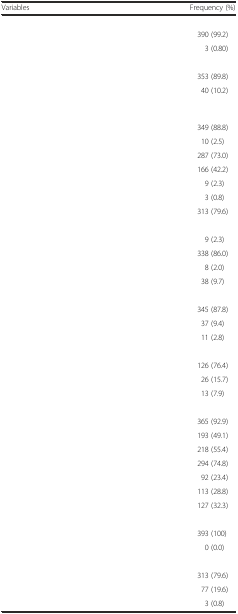
<table><thead><tr><td><b>Variables</b></td><td><b>Frequency (%)</b></td></tr></thead><tbody><tr><td>[EMPTY_CELL]</td><td>[EMPTY_CELL]</td></tr><tr><td>[EMPTY_CELL]</td><td>390 (99.2)</td></tr><tr><td>[EMPTY_CELL]</td><td>3 (0.80)</td></tr><tr><td>[EMPTY_CELL]</td><td>[EMPTY_CELL]</td></tr><tr><td>[EMPTY_CELL]</td><td>353 (89.8)</td></tr><tr><td>[EMPTY_CELL]</td><td>40 (10.2)</td></tr><tr><td>[EMPTY_CELL]</td><td>[EMPTY_CELL]</td></tr><tr><td>[EMPTY_CELL]</td><td>349 (88.8)</td></tr><tr><td>[EMPTY_CELL]</td><td>10 (2.5)</td></tr><tr><td>[EMPTY_CELL]</td><td>287 (73.0)</td></tr><tr><td>[EMPTY_CELL]</td><td>166 (42.2)</td></tr><tr><td>[EMPTY_CELL]</td><td>9 (2.3)</td></tr><tr><td>[EMPTY_CELL]</td><td>3 (0.8)</td></tr><tr><td>[EMPTY_CELL]</td><td>313 (79.6)</td></tr><tr><td>[EMPTY_CELL]</td><td>[EMPTY_CELL]</td></tr><tr><td>[EMPTY_CELL]</td><td>9 (2.3)</td></tr><tr><td>[EMPTY_CELL]</td><td>338 (86.0)</td></tr><tr><td>[EMPTY_CELL]</td><td>8 (2.0)</td></tr><tr><td>[EMPTY_CELL]</td><td>38 (9.7)</td></tr><tr><td>[EMPTY_CELL]</td><td>[EMPTY_CELL]</td></tr><tr><td>[EMPTY_CELL]</td><td>345 (87.8)</td></tr><tr><td>[EMPTY_CELL]</td><td>37 (9.4)</td></tr><tr><td>[EMPTY_CELL]</td><td>11 (2.8)</td></tr><tr><td>[EMPTY_CELL]</td><td>[EMPTY_CELL]</td></tr><tr><td>[EMPTY_CELL]</td><td>126 (76.4)</td></tr><tr><td>[EMPTY_CELL]</td><td>26 (15.7)</td></tr><tr><td>[EMPTY_CELL]</td><td>13 (7.9)</td></tr><tr><td>[EMPTY_CELL]</td><td>[EMPTY_CELL]</td></tr><tr><td>[EMPTY_CELL]</td><td>365 (92.9)</td></tr><tr><td>[EMPTY_CELL]</td><td>193 (49.1)</td></tr><tr><td>[EMPTY_CELL]</td><td>218 (55.4)</td></tr><tr><td>[EMPTY_CELL]</td><td>294 (74.8)</td></tr><tr><td>[EMPTY_CELL]</td><td>92 (23.4)</td></tr><tr><td>[EMPTY_CELL]</td><td>113 (28.8)</td></tr><tr><td>[EMPTY_CELL]</td><td>127 (32.3)</td></tr><tr><td>[EMPTY_CELL]</td><td>[EMPTY_CELL]</td></tr><tr><td>[EMPTY_CELL]</td><td>393 (100)</td></tr><tr><td>[EMPTY_CELL]</td><td>0 (0.0)</td></tr><tr><td>[EMPTY_CELL]</td><td>[EMPTY_CELL]</td></tr><tr><td>[EMPTY_CELL]</td><td>313 (79.6)</td></tr><tr><td>[EMPTY_CELL]</td><td>77 (19.6)</td></tr><tr><td>[EMPTY_CELL]</td><td>3 (0.8)</td></tr></tbody></table>